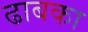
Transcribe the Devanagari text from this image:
ढाबका